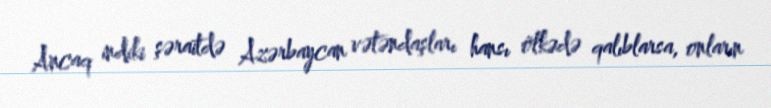
Ancaq indiki şəraitdə Azərbaycan vətəndaşları hansı ölkədə qalıblarsa, onların